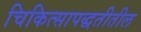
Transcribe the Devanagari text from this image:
चिकित्सापद्धतीतील